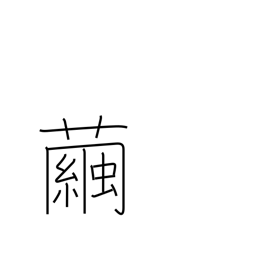
Meaning: cocoon